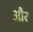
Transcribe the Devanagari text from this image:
और